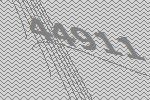
44911